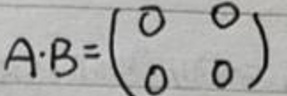
\[
A\cdot B = \begin{pmatrix}
0 & 0 \\
0 & 0
\end{pmatrix}
\]